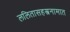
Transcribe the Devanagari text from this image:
ललितासहस्त्रनामात